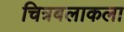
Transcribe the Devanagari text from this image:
चित्रबलाकला